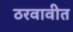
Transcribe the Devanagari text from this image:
ठरवावीत